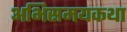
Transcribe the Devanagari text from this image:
अभिसमयकथा